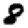
Digit: 8